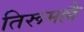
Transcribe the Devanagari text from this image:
तिरूमल्लै